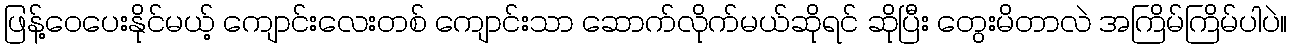
ဖြန့်ဝေပေးနိုင်မယ့် ကျောင်းလေးတစ် ကျောင်းသာ ဆောက်လိုက်မယ်ဆိုရင် ဆိုပြီး တွေးမိတာလဲ အကြိမ်ကြိမ်ပါပဲ။